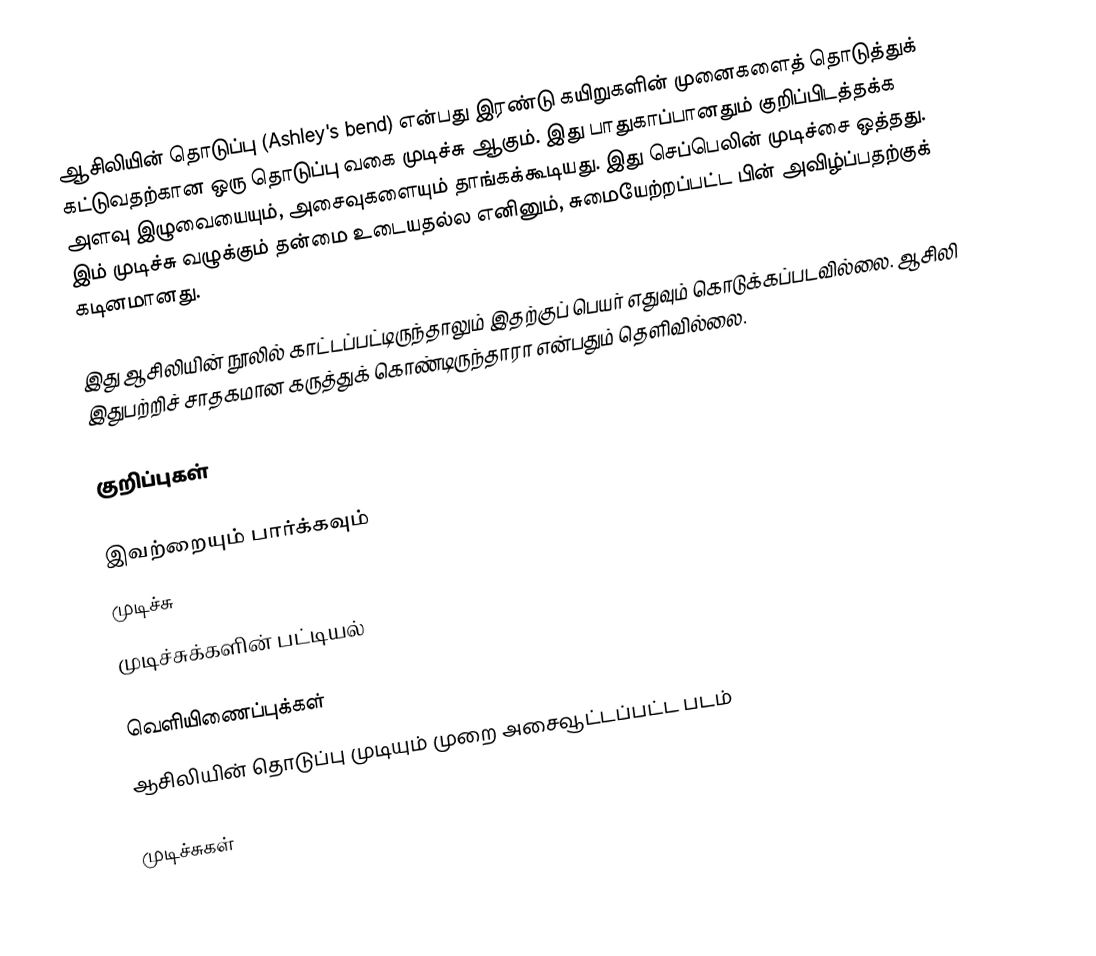
ஆசிலியின் தொடுப்பு (Ashley's bend) என்பது இரண்டு கயிறுகளின் முனைகளைத் தொடுத்துக் கட்டுவதற்கான ஒரு தொடுப்பு வகை முடிச்சு ஆகும். இது பாதுகாப்பானதும் குறிப்பிடத்தக்க அளவு இழுவையையும், அசைவுகளையும் தாங்கக்கூடியது. இது செப்பெலின் முடிச்சை ஒத்தது. இம் முடிச்சு வழுக்கும் தன்மை உடையதல்ல எனினும், சுமையேற்றப்பட்ட பின் அவிழ்ப்பதற்குக் கடினமானது.

இது ஆசிலியின் நூலில் காட்டப்பட்டிருந்தாலும் இதற்குப் பெயர் எதுவும் கொடுக்கப்படவில்லை. ஆசிலி இதுபற்றிச் சாதகமான கருத்துக் கொண்டிருந்தாரா என்பதும் தெளிவில்லை.

குறிப்புகள்

இவற்றையும் பார்க்கவும்
 முடிச்சு
 முடிச்சுக்களின் பட்டியல்

வெளியிணைப்புக்கள்
 ஆசிலியின் தொடுப்பு முடியும் முறை அசைவூட்டப்பட்ட படம்

முடிச்சுகள்